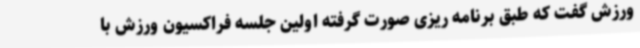
ورزش گفت که طبق برنامه ریزی صورت گرفته اولین جلسه فراکسیون ورزش با